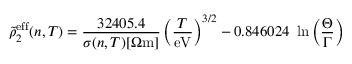
\tilde { \rho } _ { 2 } ^ { \mathrm { e f f } } ( n , T ) = \frac { 3 2 4 0 5 . 4 } { \sigma ( n , T ) [ \Omega \mathrm { m } ] } \left( \frac { T } { \mathrm { e V } } \right) ^ { 3 / 2 } - 0 . 8 4 6 0 2 4 \, \, \ln \left( \frac { \Theta } { \Gamma } \right)